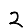
Digit: 2